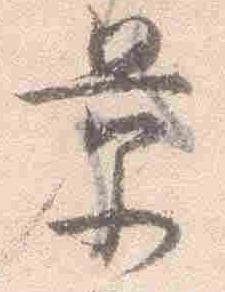
量